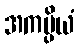
အကမ္ပိယံ